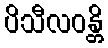
ပိသီလဝန္တိ